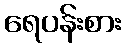
ရေပန်းစား